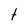
Character: t